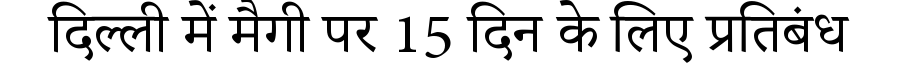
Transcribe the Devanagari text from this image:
दिल्ली में मैगी पर 15 दिन के लिए प्रतिबंध